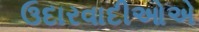
ઉદારવાદીઓએ